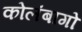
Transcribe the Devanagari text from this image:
कोलंबागो